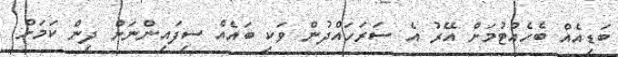
ބަޑިއެއް ބެހެއްޓުމަށް އޭރު އެ ސަރަހައްދުން ވަކި ބައެއް ސިފައިންނަށް ދިން ކަމަށް